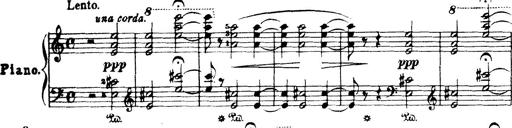
Title: Wagner-Liszt Album
Composer: Franz Liszt